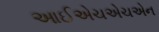
આઈએચએચએન